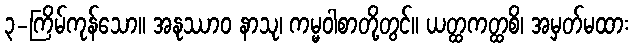
၃-ကြိမ်ကုန်သော။ အနုဿာဝ နာသု၊ ကမ္မဝါစာတို့တွင်။ ယတ္ထကတ္ထစိ၊ အမှတ်မထား